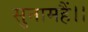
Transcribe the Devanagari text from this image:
सुनामहैं।।